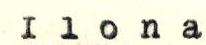
Ilona